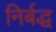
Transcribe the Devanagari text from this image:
निर्बद्ध